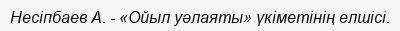
Несіпбаев А. - «Ойыл уәлаяты» үкіметінің елшісі.